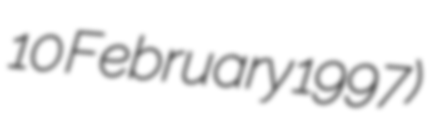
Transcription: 10 February 1997)